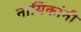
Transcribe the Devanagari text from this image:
नायिकांनी